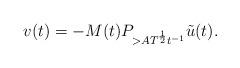
LaTeX: \begin{align*}v(t) = -M(t) P_{>AT^{\frac12}t^{-1}}\tilde u(t).\end{align*}